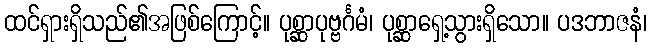
ထင်ရှားရှိသည်၏အဖြစ်ကြောင့်။ ပုစ္ဆာပုဗ္ဗင်္ဂမံ၊ ပုစ္ဆာရှေ့သွားရှိသော။ ပဒဘာဇနံ၊